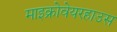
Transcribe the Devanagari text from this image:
माइक्रोवेयरहाउस